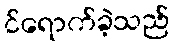
င်ရောက်ခဲ့သည်